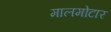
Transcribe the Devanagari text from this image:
मालमोटार